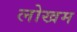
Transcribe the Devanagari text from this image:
लोखम